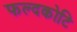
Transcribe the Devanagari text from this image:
फल्दकोटि